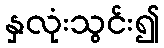
နှလုံးသွင်း၍